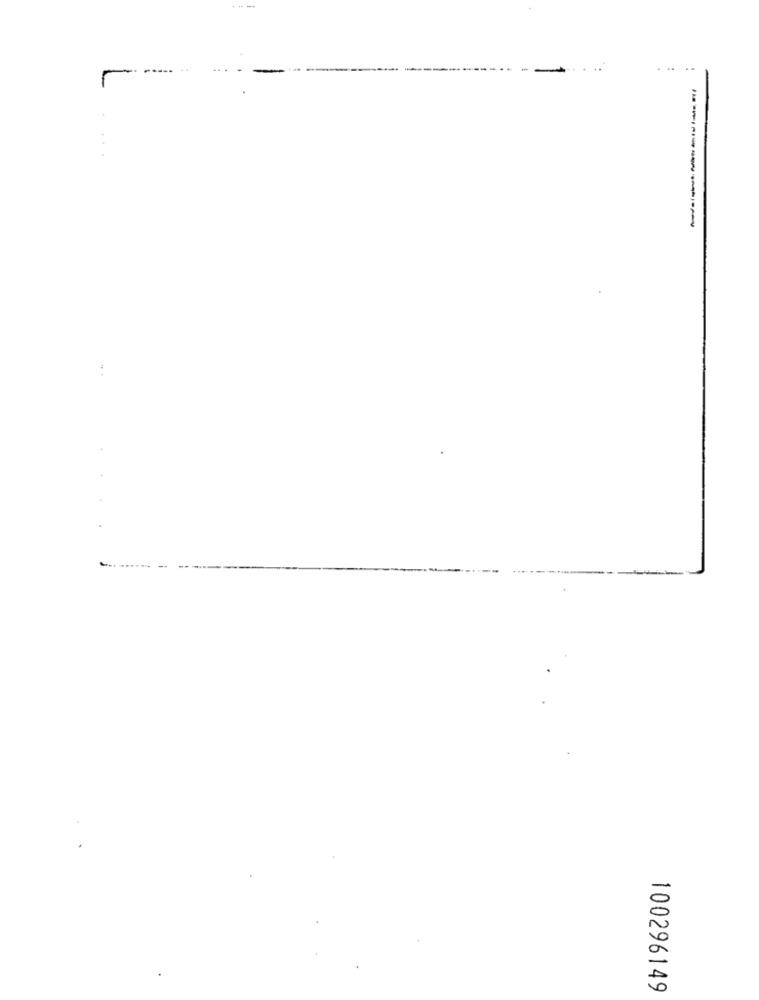
---
...
..
100296149